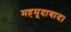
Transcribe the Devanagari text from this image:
महमूदाबाद।